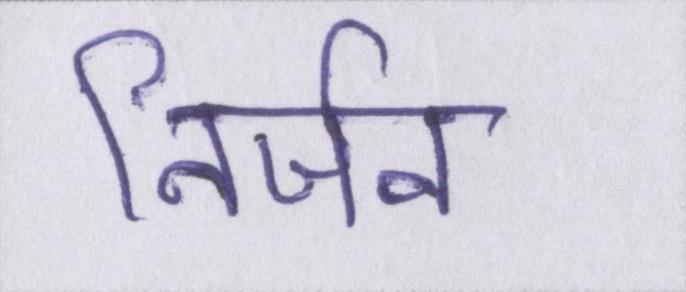
निर्जन